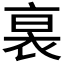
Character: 𧙴